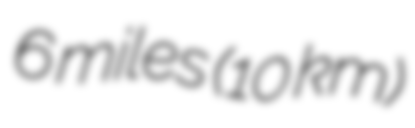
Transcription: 6 miles (10 km)